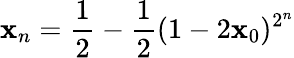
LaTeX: \mathbf{x}_{n}={\frac{{1}}{{2}}}-{\frac{{1}}{{2}}}(1-2\mathbf{x}_{0})^{2^{n}}